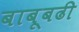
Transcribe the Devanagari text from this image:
बाबूबढी